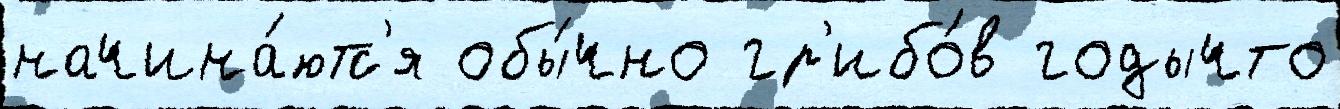
начина́ютс'я обы́чно гр'ибо́в годычто